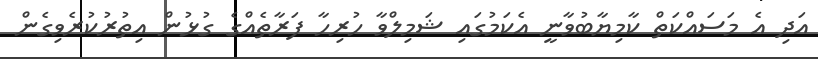
އަދި އެ މަސައްކަތް ކާމިޔާބުވާނީ އެކަމުގައި ޝަމިލްވާ ހުރިހާ ފަރާތެއްގެ ގުޅުން އިތުރުކުރެވިގެން